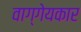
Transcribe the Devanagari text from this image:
वाग्गेयकार